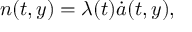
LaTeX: n ( t , y ) = \lambda ( t ) \dot { a } ( t , y ) ,